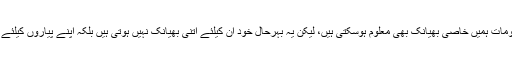
کچھ خطوں میں مردوں کی آخری رسومات ہمیں خاصی بھیانک بھی معلوم ہوسکتی ہیں، لیکن یہ بہرحال خود ان کیلئے اتنی بھیانک نہیں ہوتی ہیں بلکہ اپنے پیاروں کیلئے انہیں وہ راحت کا سامان ہی لگتی ہیں۔